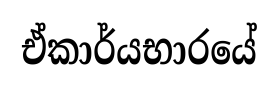
ඒකාර්යභාරයේ